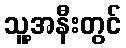
သူ့အနီးတွင်